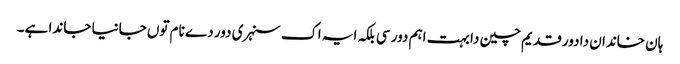
ہان خاندان دا دور قدیم چین دا بہت اہم دور سی بلکہ ایہ اک سنہری دور دے نام توں جانیا جاندا ہے۔